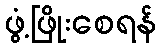
ဖွံ့ဖြိုးစေရန်